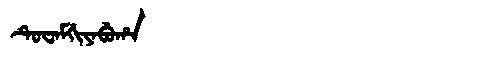
Manchu: ᡨᡠᠸᠠᠮᡤᡳᠶᠠᠪᡠᡥᠠ
Romanization: TUWAMGIYABUHA